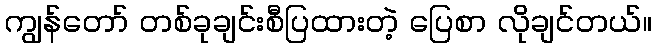
ကျွန်တော် တစ်ခုချင်းစီပြထားတဲ့ ပြေစာ လိုချင်တယ်။